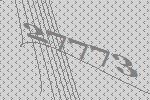
27773